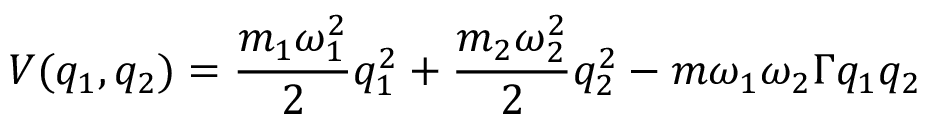
V ( q _ { 1 } , q _ { 2 } ) = \frac { m _ { 1 } \omega _ { 1 } ^ { 2 } } { 2 } q _ { 1 } ^ { 2 } + \frac { m _ { 2 } \omega _ { 2 } ^ { 2 } } { 2 } q _ { 2 } ^ { 2 } - m \omega _ { 1 } \omega _ { 2 } \Gamma q _ { 1 } q _ { 2 }